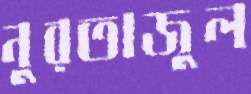
নুরতাজুল